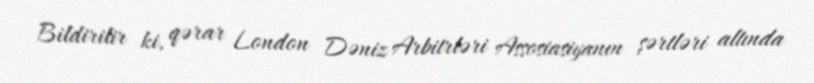
Bildirilir ki, qərar London Dəniz Arbitrləri Assosiasiyanın şərtləri altında